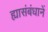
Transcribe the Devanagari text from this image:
ह्यासंबंधानें